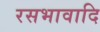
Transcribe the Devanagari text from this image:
रसभावादि